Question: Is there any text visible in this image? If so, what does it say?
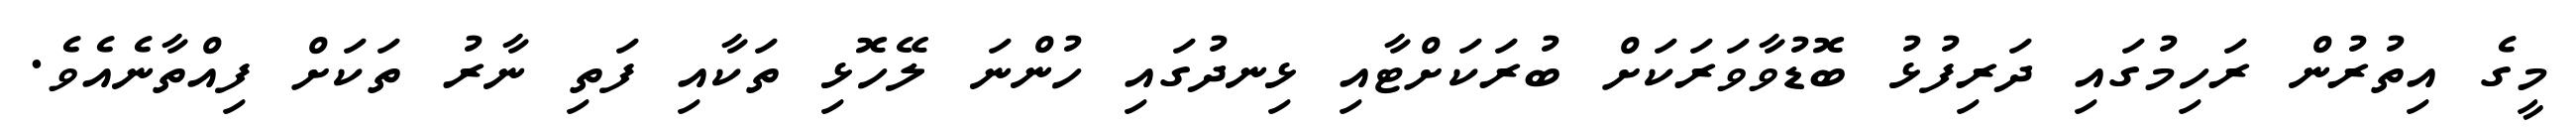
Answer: މީގެ އިތުރުން ރަހިމުގައި ދަރިފުޅު ބޮޑުވާވަރަކަށް ބުރަކަށްޓާއި ޅިނދުގައި ހުންނަ ލޭހޮޅި ތަކާއި ފަތި ނާރު ތަކަށް ފިއްތާނެއެވެ.